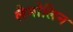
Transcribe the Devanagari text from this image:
लैनोलिन